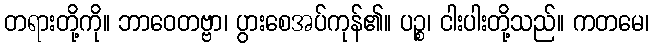
တရားတို့ကို။ ဘာဝေတဗ္ဗာ၊ ပွားစေအပ်ကုန်၏။ ပဉ္စ၊ ငါးပါးတို့သည်။ ကတမေ၊